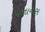
અનાનસ